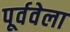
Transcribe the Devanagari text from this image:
पूर्ववेला